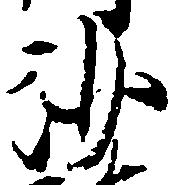
沙